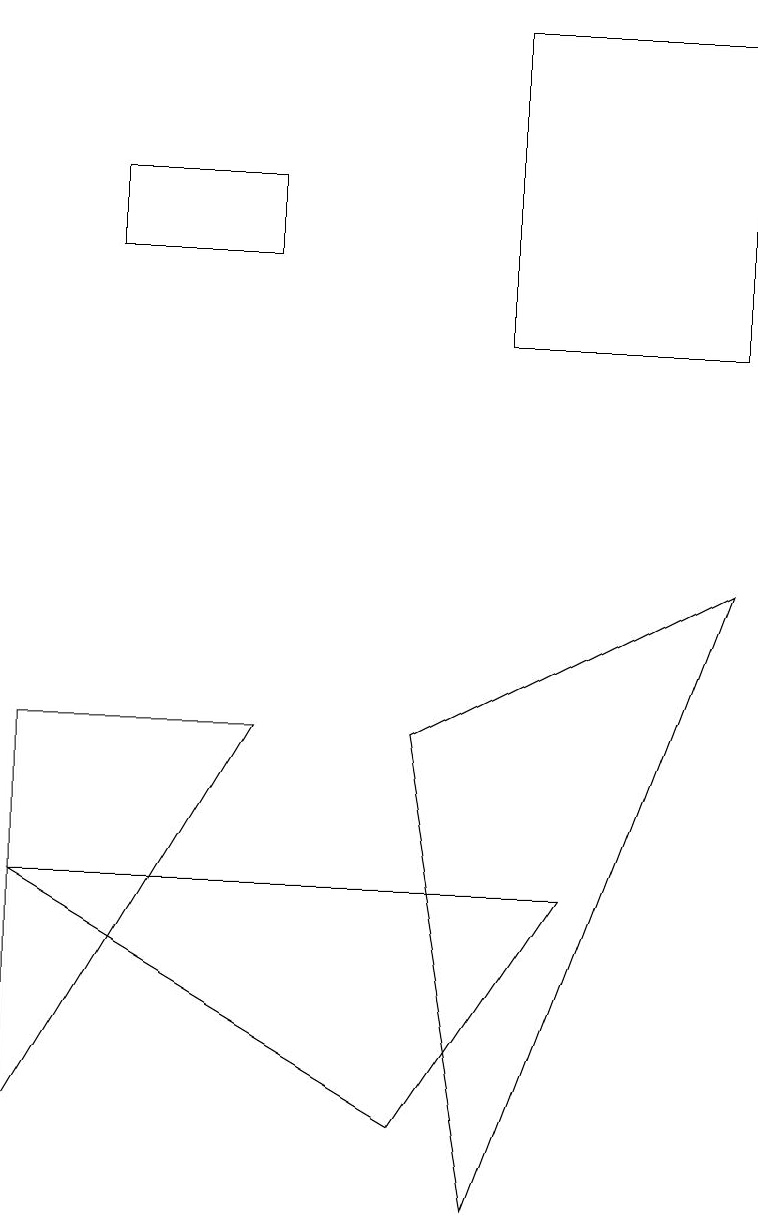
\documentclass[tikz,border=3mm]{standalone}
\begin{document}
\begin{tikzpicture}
\draw (9,8) -- (6,0) -- (5,6) -- cycle;
\draw (3,6) -- (0,1) -- (0,6) -- cycle;
\draw (9,11) rectangle (6,15);
\draw (0,4) -- (7,4) -- (5,1) -- cycle;
\draw (1,12) rectangle (3,13);
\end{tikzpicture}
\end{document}